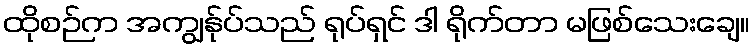
ထိုစဉ်က အကျွန်ုပ်သည် ရုပ်ရှင် ဒါ ရိုက်တာ မဖြစ်သေးချေ။